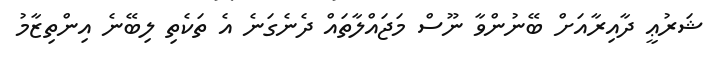
ޝަރުޢީ ދާއިރާއަށް ބޭނުންވާ ނޫސް މަޖައްލާތައް ދެނެގަނެ އެ ތަކެތި ލިބޭނެ އިންތިޒާމު